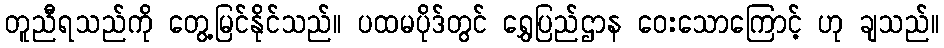
တူညီရသည်ကို တွေ့မြင်နိုင်သည်။ ပထမပိုဒ်တွင် ရွှေပြည်ဌာန ဝေးသောကြောင့် ဟု ချသည်။